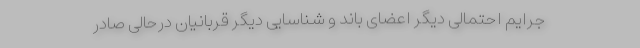
جرایم احتمالی دیگر اعضای باند و شناسایی دیگر قربانیان درحالی صادر